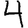
Digit: 4